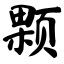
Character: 颗